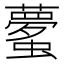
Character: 𲀎